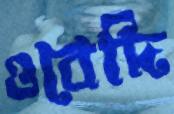
ওবেদি